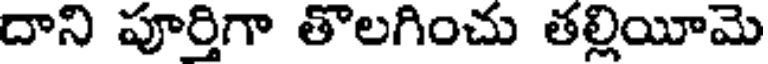
దాని పూర్తిగా తొలగించు తల్లియీమె